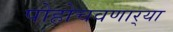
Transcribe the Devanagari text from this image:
पोहोचवणार्‍या